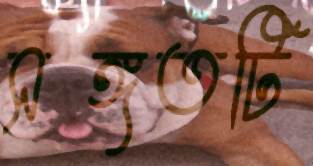
সঙ্গতটি